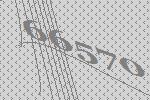
66570